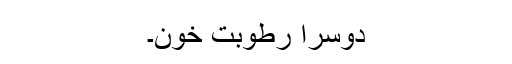
دوسرا رطوبت خون۔